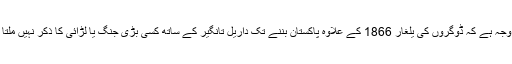
یہی وجہ ہے کہ ڈوگروں کی یلغار 1866 کے علاوہ پاکستان بننے تک داریل تانگیر کے ساتھ کسی بڑی جنگ یا لڑائی کا ذکر نہیں ملتا ہے۔